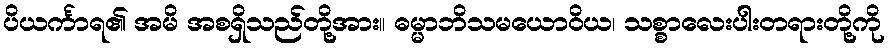
ပိယင်္ကာရ၏ အမိ အစရှိသည်တို့အား။ ဓမ္မာဘိသမယောဝိယ၊ သစ္စာလေးပါးတရားတို့ကို